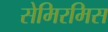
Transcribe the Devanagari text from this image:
सेमिरमिस